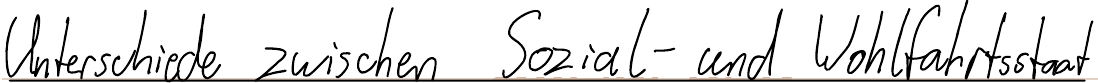
Unterschiede zwischen Sozial- und Wohlfahrtsstaat